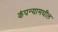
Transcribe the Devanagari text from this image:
कंपन्यामधील